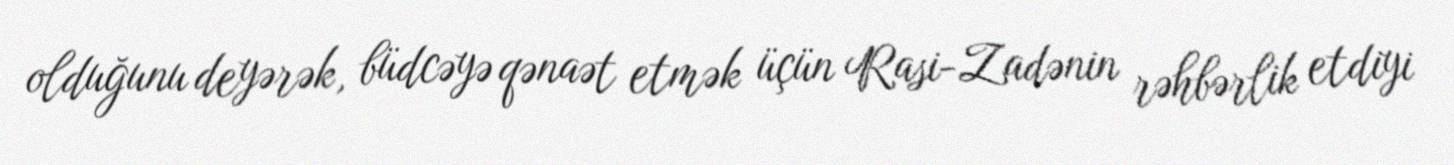
olduğunu deyərək, büdcəyə qənaət etmək üçün Rasi-Zadənin rəhbərlik etdiyi